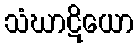
သံဃာဋိယော